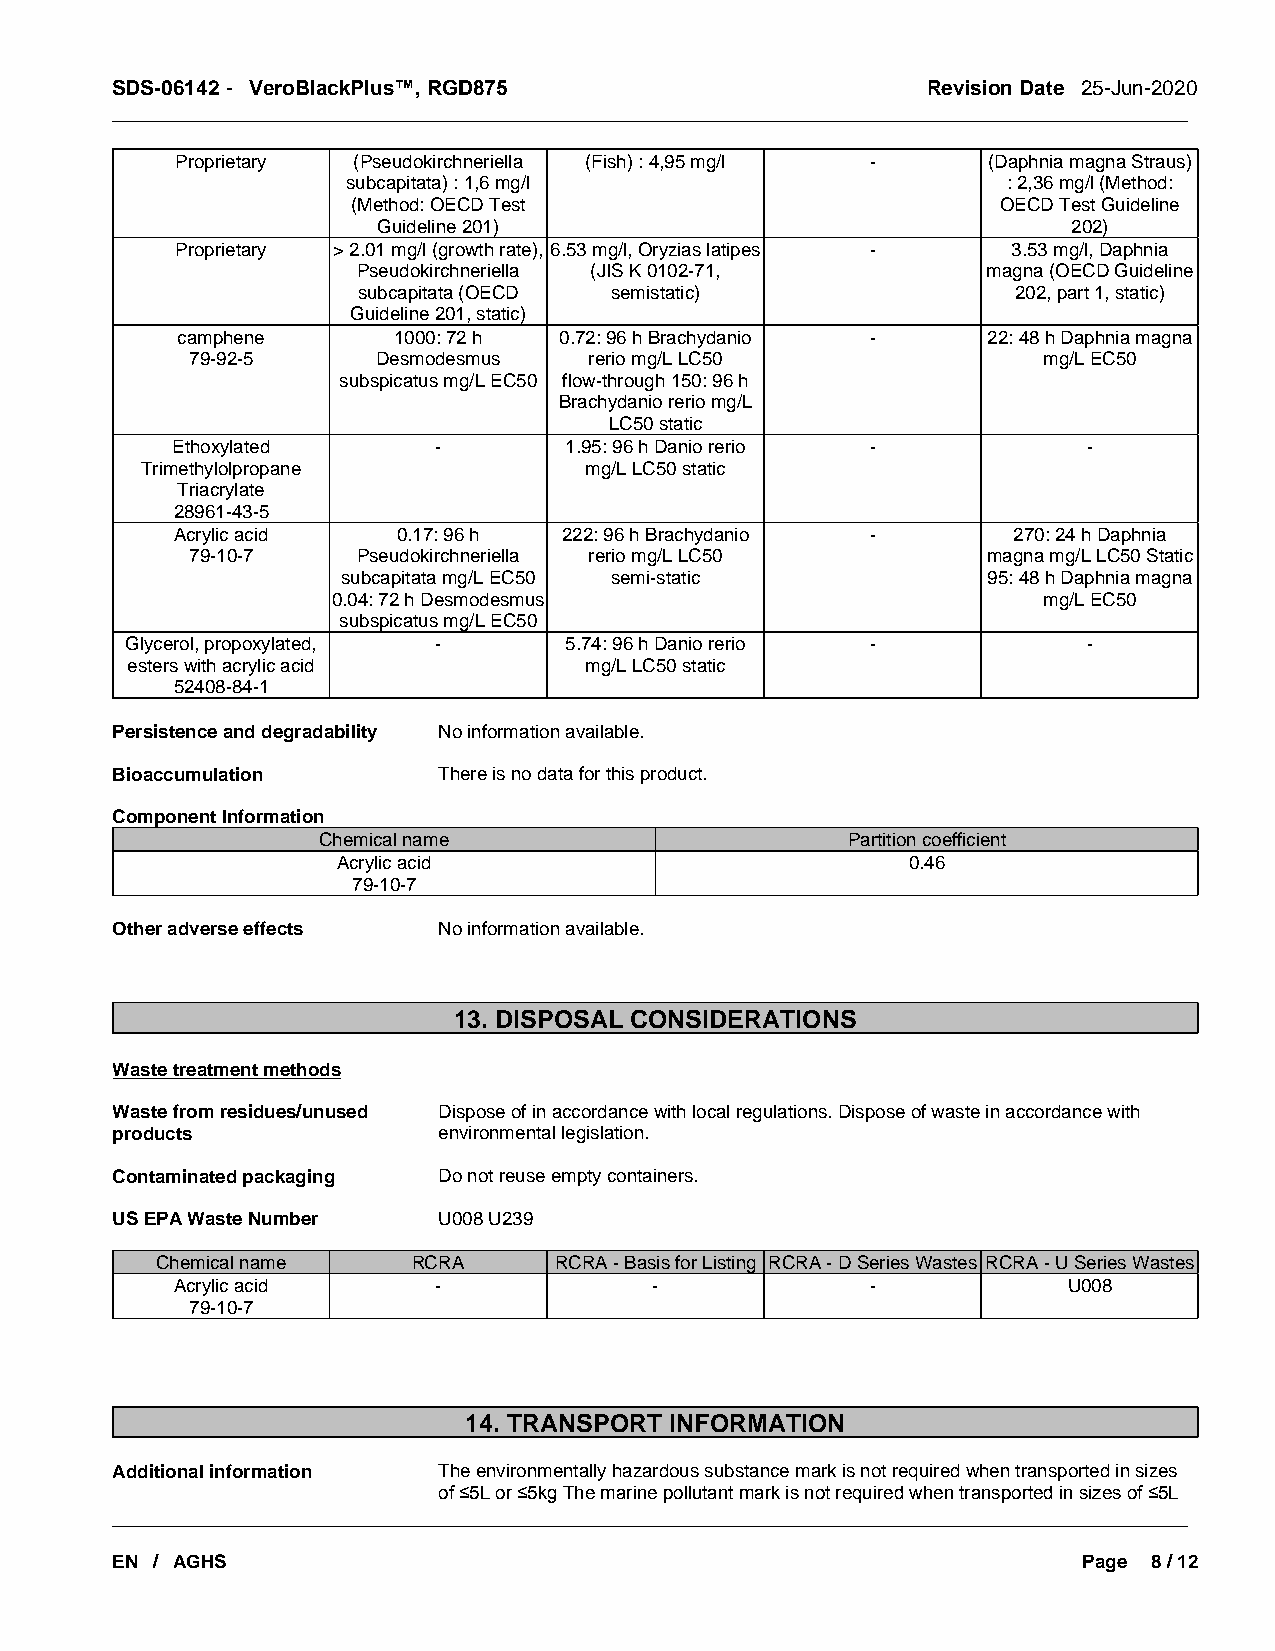
SDS-06142 - VeroBlackPlus™, RGD875                    Revision Date 25-Jun-2020
 _____________________________________________________________________________________________
 Proprietary (Pseudokirchneriella (Fish) : 4,95 mg/l - (Daphnia magna Straus)
 subcapitata) : 1,6 mg/l                     : 2,36 mg/l (Method:
 (Method: OECD Test                         OECD Test Guideline
 Guideline 201)                                202)
 Proprietary > 2.01 mg/l (growth rate), 6.53 mg/l, Oryzias latipes - 3.53 mg/l, Daphnia
 Pseudokirchneriella (JIS K 0102-71,      magna (OECD Guideline
 subcapitata (OECD semistatic)              202, part 1, static)
 Guideline 201, static)
 camphene      1000: 72 h 0.72: 96 h Brachydanio -    22: 48 h Daphnia magna
 79-92-5     Desmodesmus   rerio mg/L LC50               mg/L EC50
 subspicatus mg/L EC50 flow-through 150: 96 h
 Brachydanio rerio mg/L
 LC50 static
 Ethoxylated       -       1.95: 96 h Danio rerio -           -
 Trimethylolpropane            mg/L LC50 static
 Triacrylate
 28961-43-5
 Acrylic acid   0.17: 96 h 222: 96 h Brachydanio -       270: 24 h Daphnia
 79-10-7    Pseudokirchneriella rerio mg/L LC50      magna mg/L LC50 Static
 subcapitata mg/L EC50 semi-static         95: 48 h Daphnia magna
 0.04: 72 h Desmodesmus                         mg/L EC50
 subspicatus mg/L EC50
 Glycerol, propoxylated, -    5.74: 96 h Danio rerio -           -
 esters with acrylic acid       mg/L LC50 static
 52408-84-1
 Persistence and degradability No information available.
 Bioaccumulation       There is no data for this product.
 Component Information
 Chemical name                      Partition coefficient
 Acrylic acid                          0.46
 79-10-7
 Other adverse effects No information available.
 13. DISPOSAL CONSIDERATIONS
 Waste treatment methods
 Waste from residues/unused Dispose of in accordance with local regulations. Dispose of waste in accordance with
 products              environmental legislation.
 Contaminated packaging Do not reuse empty containers.
 US EPA Waste Number   U008 U239
 Chemical name    RCRA      RCRA - Basis for Listing RCRA - D Series Wastes RCRA - U Series Wastes
 Acrylic acid      -             -              -            U008
 79-10-7
 14. TRANSPORT INFORMATION
 Additional information The environmentally hazardous substance mark is not required when transported in sizes
 of ≤5L or ≤5kg The marine pollutant mark is not required when transported in sizes of ≤5L
 _____________________________________________________________________________________________
 EN / AGHS                                                        Page 8 / 12